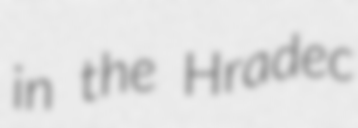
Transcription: in the Hradec